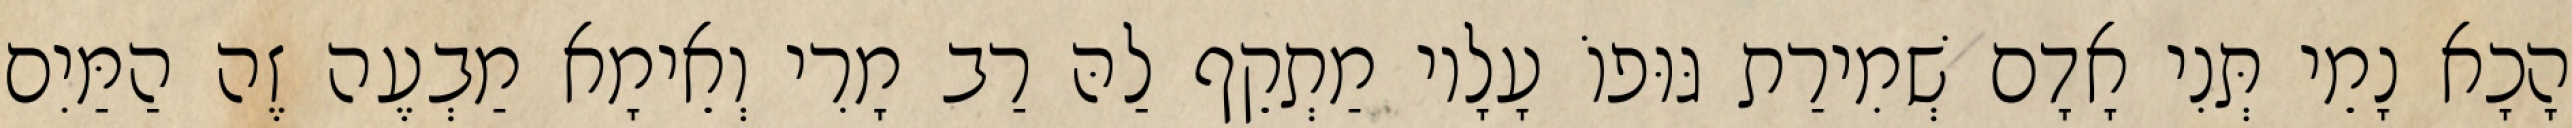
הָכָא נָמֵי תְּנִי אָדָם שְׁמִירַת גּוּפוֹ עָלָיו מַתְקֵף לַהּ רַב מָרִי וְאֵימָא מַבְעֶה זֶה הַמַּיִם